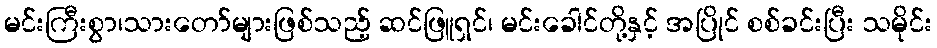
မင်းကြီးစွာ၊သားတော်များဖြစ်သည့် ဆင်ဖြူရှင်၊ မင်းခေါင်တို့နှင့် အပြိုင် စစ်ခင်းပြီး သမိုင်း